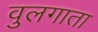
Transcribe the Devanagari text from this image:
वुलगाता